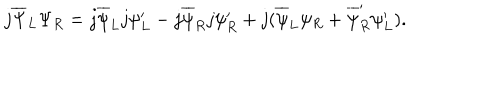
LaTeX: j \overline { { { \Psi } } } _ { L } \Psi _ { R } = j \overline { { { \psi } } } _ { L } j \psi _ { L } ^ { \prime } - j \overline { { { \psi } } } _ { R } j \psi _ { R } ^ { \prime } + j ( \overline { { { \psi } } } _ { L } \psi _ { R } + \overline { { { \psi } } } _ { R } ^ { \prime } \psi _ { L } ^ { \prime } ) .